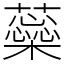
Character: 蘂